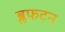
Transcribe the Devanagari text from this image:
ब्लफटन